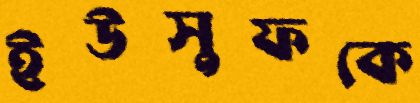
ইউসুফকে